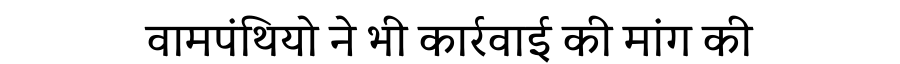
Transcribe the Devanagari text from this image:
वामपंथियो ने भी कार्रवाई की मांग की